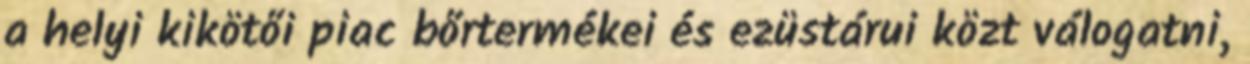
a helyi kikötői piac bőrtermékei és ezüstárui közt válogatni,